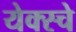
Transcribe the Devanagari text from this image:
येक्स्चे